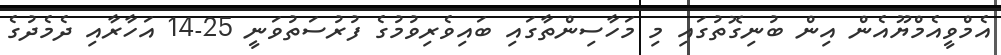
އެމްވީއެމްޔޫއެން އިން ބުނިގޮތުގައި މި މަހާސިންތާގައި ބައިވެރިވުމުގެ ފުރުސަތުވަނީ 25-14 އަހާރާއި ދެމެދުގެ